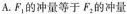
A.F_{1}的冲量等于F_{2}的冲量